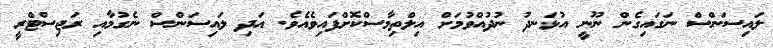
ލައިސަންސް ނަގައިގެން ނޫނީ އުޅަނދު ނުދުއްވުމަށް އިލްތިމާސްކޮށްފައިވެއެވެ. އަދި ލައިސަންސް ނެގުމާއި ރަޖިސްޓްރީ